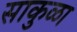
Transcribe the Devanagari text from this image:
साकुळा